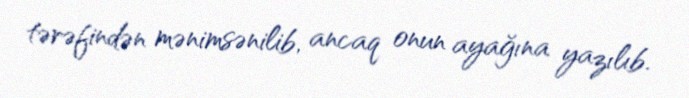
tərəfindən mənimsənilib, ancaq onun ayağına yazılıb.